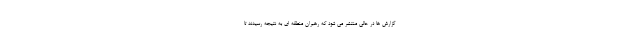
گزارش ها در حالی منتشر می شود که رهبران منطقه ای به نتیجه رسیدند تا